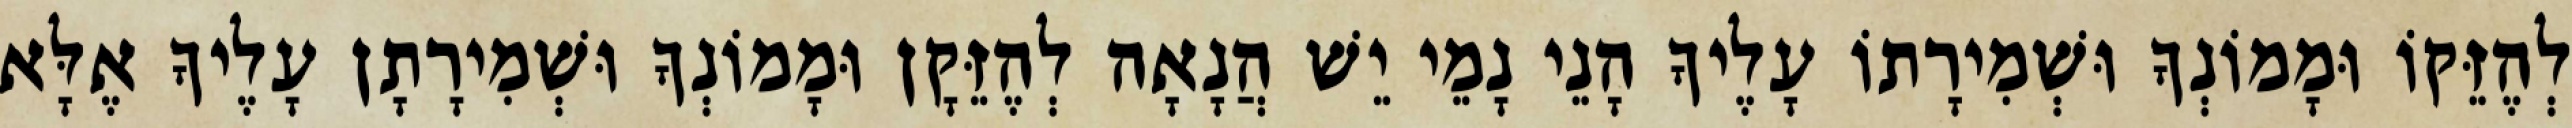
לְהֶזֵּקוֹ וּמָמוֹנְךָ וּשְׁמִירָתוֹ עָלֶיךָ הָנֵי נָמֵי יֵשׁ הֲנָאָה לְהֶזֵּקָן וּמָמוֹנְךָ וּשְׁמִירָתָן עָלֶיךָ אֶלָּא